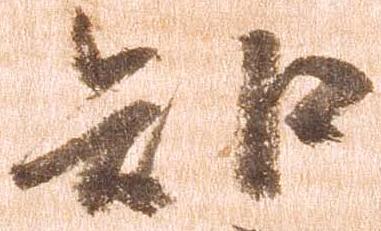
知